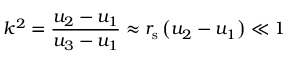
k ^ { 2 } = { \frac { u _ { 2 } - u _ { 1 } } { u _ { 3 } - u _ { 1 } } } \approx r _ { \mathrm { s } } \left( u _ { 2 } - u _ { 1 } \right) \ll 1